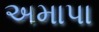
અમાપા